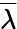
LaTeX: \overline{{\lambda}}